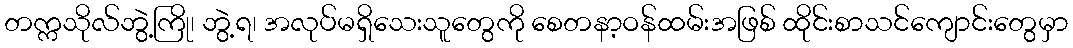
တက္ကသိုလ်ဘွဲ့ကြို၊ ဘွဲ့ရ၊ အလုပ်မရှိသေးသူတွေကို စေတနာ့ဝန်ထမ်းအဖြစ် ထိုင်းစာသင်ကျောင်းတွေမှာ